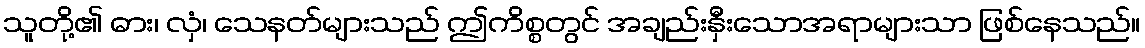
သူတို့၏ ဓား၊ လှံ၊ သေနတ်များသည် ဤကိစ္စတွင် အချည်းနှီးသောအရာများသာ ဖြစ်နေသည်။